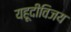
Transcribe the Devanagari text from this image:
यहूदीविजय